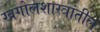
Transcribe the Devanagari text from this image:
खगोलशास्त्रांतील